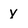
Character: y